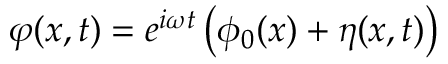
\varphi ( x , t ) = e ^ { i \omega t } \left( \phi _ { 0 } ( x ) + \eta ( x , t ) \right)